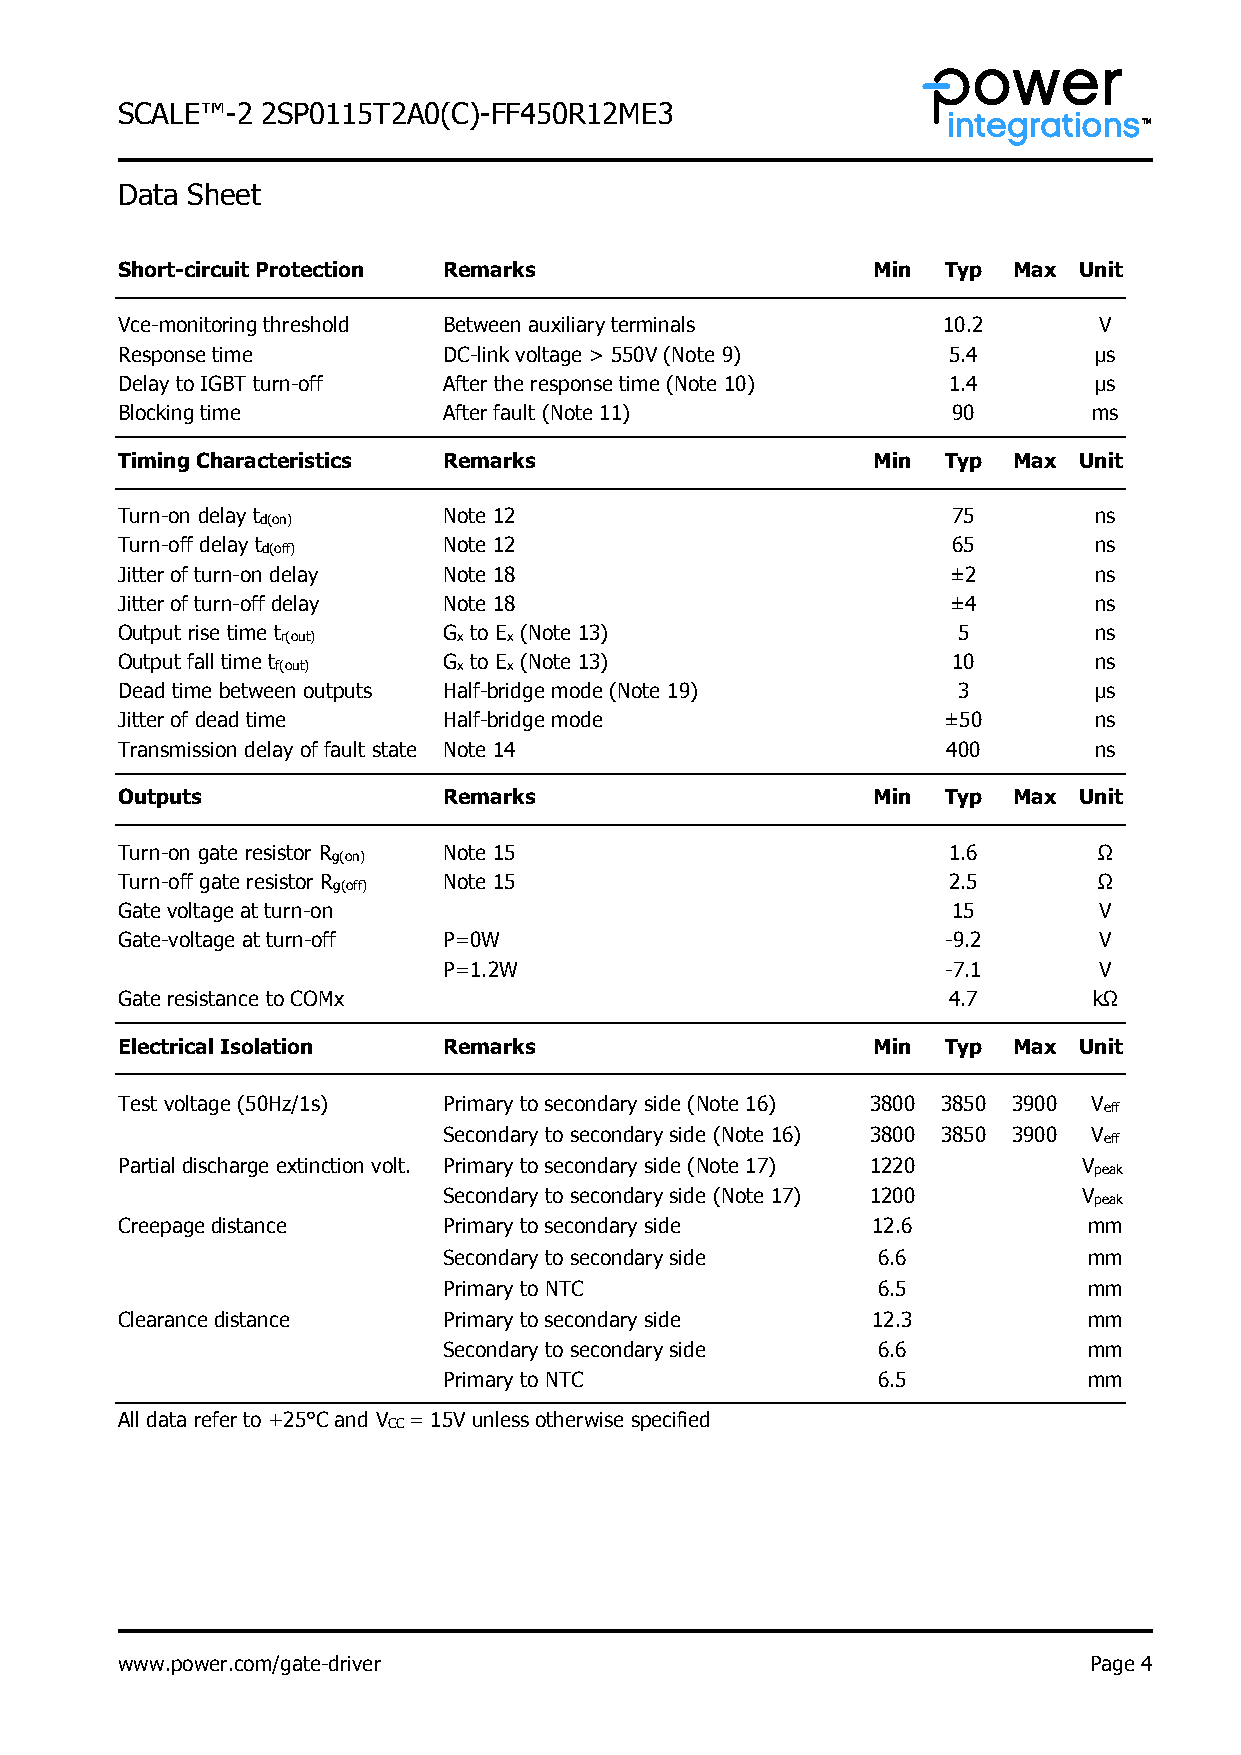
S CALE™-2 2SP0115T2A0(C)-FF450R12ME3
 Data Sheet
 Short-circuit Protection Remarks                  Min Typ  Max Unit
 Vce-monitoring threshold Between auxiliary terminals  10.2       V
 Response time        DC-link voltage > 550V (Note 9)   5.4      μs
 Delay to IGBT turn-off After the response time (Note 10) 1.4    μs
 Blocking time        After fault (Note 11)             90       ms
 Timing Characteristics Remarks                    Min Typ  Max Unit
 Turn-on delay t      Note 12                           75       ns
 d(on)
 Turn-off delay t     Note 12                           65       ns
 d(off)
 Jitter of turn-on delay Note 18                        ±2       ns
 Jitter of turn-off delay Note 18                       ±4       ns
 Output rise time t   G to E (Note 13)                  5        ns
 r(out)     x   x
 Output fall time t   G to E (Note 13)                  10       ns
 f(out)      x   x
 Dead time between outputs Half-bridge mode (Note 19)   3        μs
 Jitter of dead time  Half-bridge mode                 ±50       ns
 Transmission delay of fault state Note 14              400      ns
 Outputs              Remarks                      Min Typ  Max Unit
 Turn-on gate resistor R Note 15                        1.6       Ω
 g(on)
 Turn-off gate resistor R Note 15                       2.5       Ω
 g(off)
 Gate voltage at turn-on                                15        V
 Gate-voltage at turn-off P=0W                          -9.2      V
 P=1.2W                            -7.1      V
 Gate resistance to COMx                                4.7      kΩ
 Electrical Isolation Remarks                      Min Typ  Max Unit
 Test voltage (50Hz/1s) Primary to secondary side (Note 16) 3800 3850 3900 V
 eff
 Secondary to secondary side (Note 16) 3800 3850 3900 V
 eff
 Partial discharge extinction volt. Primary to secondary side (Note 17) 1220 V
 peak
 Secondary to secondary side (Note 17) 1200 V
 peak
 Creepage distance    Primary to secondary side    12.6          mm
 Secondary to secondary side  6.6           mm
 Primary to NTC               6.5           mm
 Clearance distance   Primary to secondary side    12.3          mm
 Secondary to secondary side  6.6           mm
 Primary to NTC               6.5           mm
 All data refer to +25°C and V = 15V unless otherwise specified
 CC
 www.power.com/gate-driver                                       Page 4